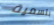
بتسمية